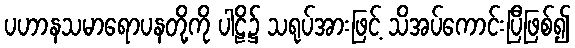
ပဟာနသမာရောပနတို့ကို ပါဠိ၌ သရုပ်အားဖြင့် သိအပ်ကောင်းပြီဖြစ်၍